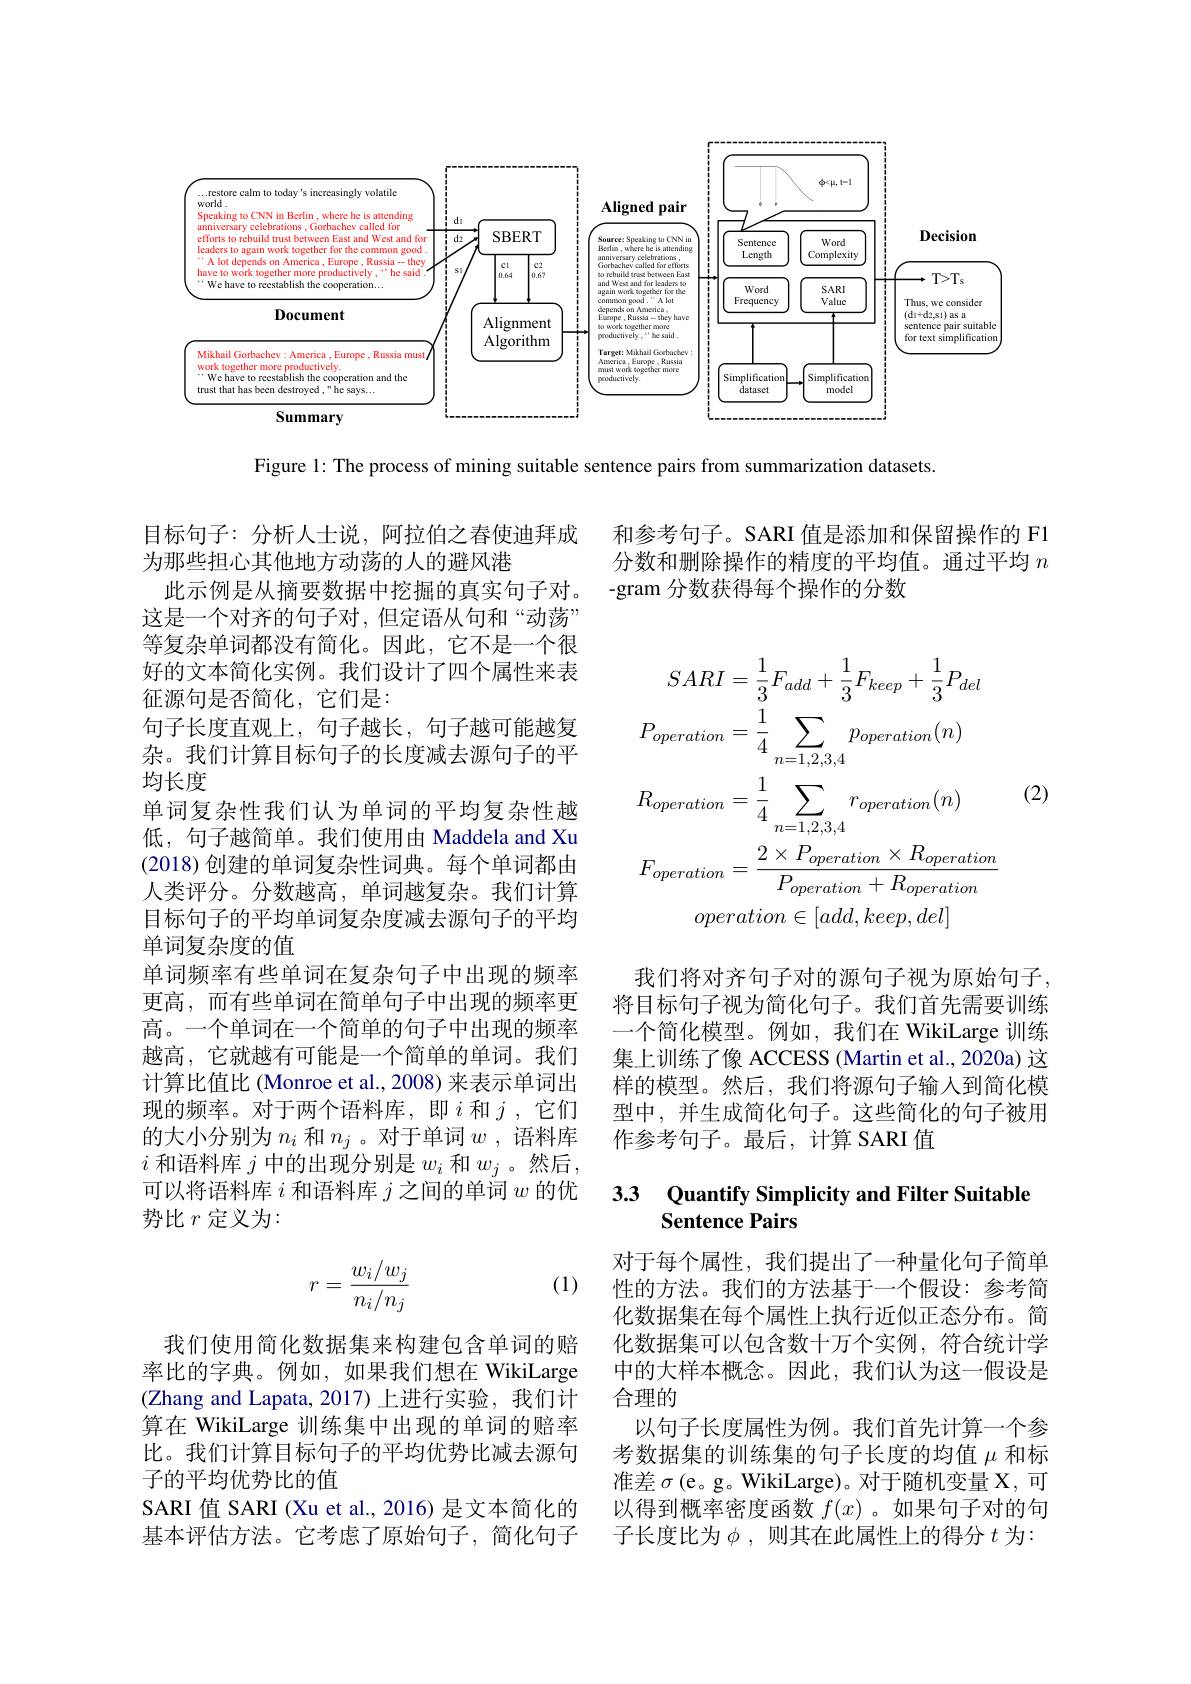
<FigureHere>

Figure 1: The process of mining suitable sentence pairs from summarization datasets.

和参考句子。SARI 值是添加和保留操作的 Fl 分数和删除操作的精度的平均值。通过平均$n$ -gram 分数获得每个操作的分数
$$\begin{aligned}SARI&=\frac{1}{3}F_{add}+\frac{1}{3}F_{keep}+\frac{1}{3}P_{del}\\P_{operation}&=\frac{1}{4}\sum_{n=1,2,3,4}p_{operation}(n)\\R_{operation}&=\frac{1}{4}\sum_{n=1,2,3,4}r_{operation}(n)\\F_{operation}&=\frac{2\times P_{operation}\times R_{operation}}{P_{operation}+R_{operation}}\\&operation\in[add,keep,del]\end{aligned}$$
(2)

目标句子：分析人士说，阿拉伯之春使迪拜成
为那些担心其他地方动荡的人的避风港
此示例是从摘要数据中挖掘的真实句子对。这是一个对齐的句子对，但定语从句和“动荡” 等复杂单词都没有简化。因此，它不是一个很好的文本简化实例。我们设计了四个属性来表征源句是否简化，它们是：
句子长度直观上，句子越长，句子越可能越复杂。我们计算目标句子的长度减去源句子的平均长度
单词复杂性我们认为单词的平均复杂性越低，句子越简单。我们使用由 Maddela and Xu (2018)创建的单词复杂性词典。每个单词都由人类评分。分数越高，单词越复杂。我们计算目标句子的平均单词复杂度减去源句子的平均单词复杂度的值
单词频率有些单词在复杂句子中出现的频率更高，而有些单词在简单句子中出现的频率更高。一个单词在一个简单的句子中出现的频率越高，它就越有可能是一个简单的单词。我们计算比值比(Monroe et al., 2008) 来表示单词出现的频率。对于两个语料库，即$i$ 和$j$ ,它们的大小分别为$n_i$和$n_j$ 。对于单词$w$,语料库$i$和语料库$j$中的出现分别是$w_i$和$w_j$ 。然后， 可以将语料库$i$和语料库$j$之间的单词$w$的优势比$r$定义为：

我们将对齐句子对的源句子视为原始句子， 将目标句子视为简化句子。我们首先需要训练一个简化模型。例如，我们在 WikiLarge 训练集上训练了像 ACCESS (Martin et al., 2020a) 这样的模型。然后，我们将源句子输入到简化模型中，并生成简化句子。这些简化的句子被用作参考句子。最后，计算 SARI 值

### 3.3 Quantify Simplicity and Filter Suitable Sentence Pairs

(1)
$$r=\frac{w_i/w_j}{n_i/n_j}$$
对于每个属性，我们提出了一种量化句子简单性的方法。我们的方法基于一个假设：参考简化数据集在每个属性上执行近似正态分布。简化数据集可以包含数十万个实例，符合统计学中的大样本概念。因此，我们认为这一假设是合理的
以句子长度属性为例。我们首先计算一个参考数据集的训练集的句子长度的均值$\mu$和标准差$\sigma$ (e。g。WikiLarge)。对于随机变量 X, 可以得到概率密度函数$f(x)$ 。如果句子对的句子长度比为$\phi$,则其在此属性上的得分$t$ 为：

我们使用简化数据集来构建包含单词的赔率比的字典。例如，如果我们想在 WikiLarge (Zhang and Lapata, 2017) 上进行实验，我们计算在 WikiLarge 训练集中出现的单词的赔率比。我们计算目标句子的平均优势比减去源句子的平均优势比的值
SARI 值 SARI (Xu et al., 2016) 是文本简化的基本评估方法。它考虑了原始句子，简化句子